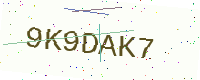
Text: 9K9DAK7